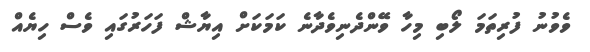
ވެވުނު ފުރިތަމަ ލޯބި މިހާ ވޭންދެނިވެދާނެ ކަމަކަށް އިޔާޝް ފަހަރުގައި ވެސް ހިޔެއް